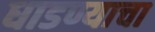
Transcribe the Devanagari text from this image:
धाडण्याचा